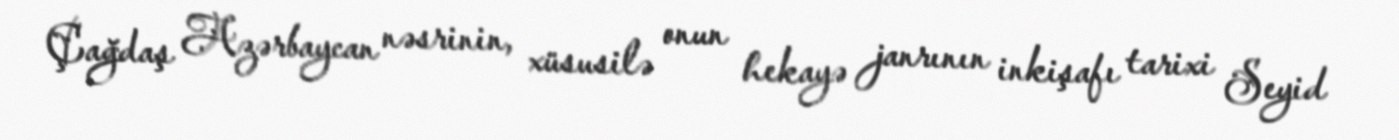
Çağdaş Azərbaycan nəsrinin, xüsusilə onun hekayə janrının inkişafı tarixi Seyid